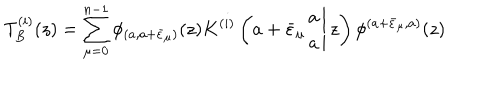
T _ { B } ^ { ( i ) } ( z ) = \displaystyle \sum _ { \mu = 0 } ^ { n - 1 } \phi _ { ( a , a + \bar { \varepsilon } _ { \mu } ) } ( z ) K ^ { ( i ) } \left( \left. a + \bar { \varepsilon } _ { \mu } \begin{array} { c } { { a } } \\ { { a } } \\ \end{array} \right| z \right) \phi ^ { ( a + \bar { \varepsilon } _ { \mu } , a ) } ( z )